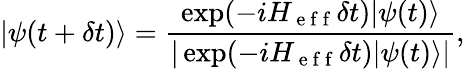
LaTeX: |\psi(t+\delta t)\rangle=\frac{\exp(-iH_{\mathrm{~e~f~f~}}\delta t)|\psi(t)\rangle}{|\exp(-iH_{\mathrm{~e~f~f~}}\delta t)|\psi(t)\rangle|},